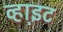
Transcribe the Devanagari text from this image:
व्हाइ़ट